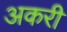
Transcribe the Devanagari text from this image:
अकरी